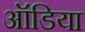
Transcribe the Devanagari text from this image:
ऑडिया